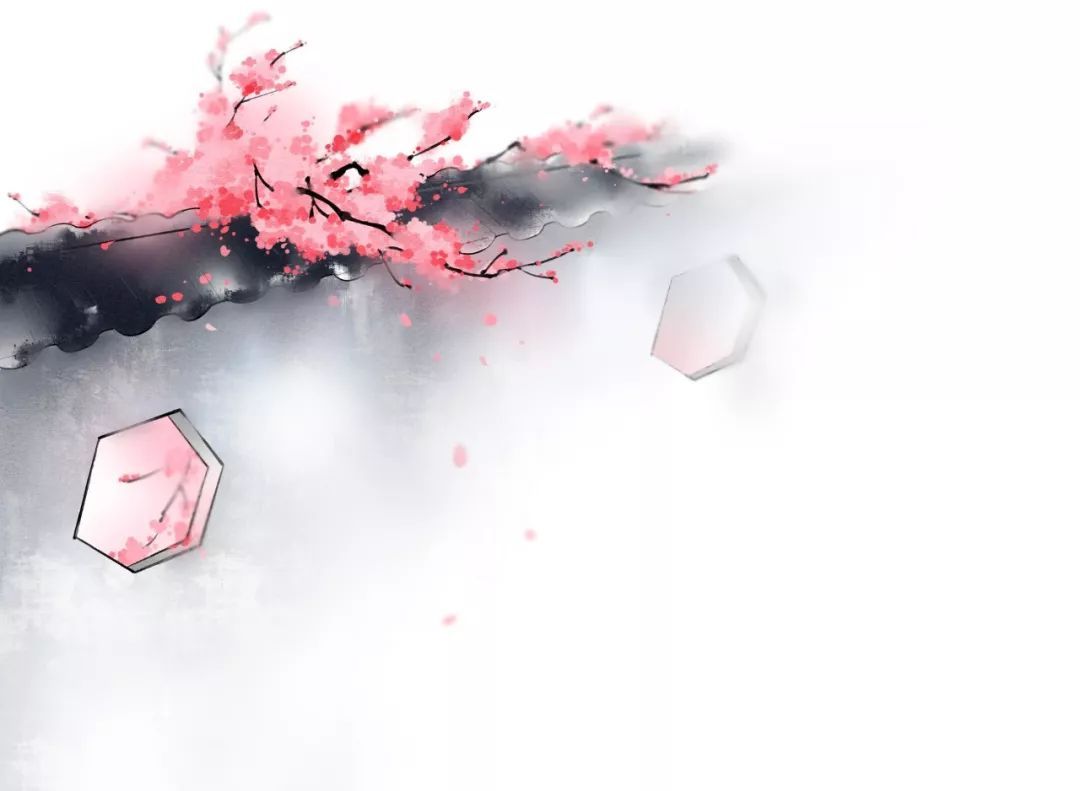
夭夭园桃，无子空长。